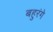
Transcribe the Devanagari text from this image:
बहुरंगे